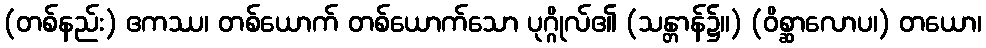
(တစ်နည်း) ဧကဿ၊ တစ်ယောက် တစ်ယောက်သော ပုဂ္ဂိုလ်၏ (သန္တာန်၌။) (ဝိစ္ဆာလောပ၊) တယော၊